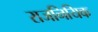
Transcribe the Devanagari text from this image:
राजनियिक